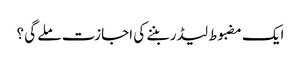
ایک مضبوط لیڈر بننے کی اجازت ملے گی ؟